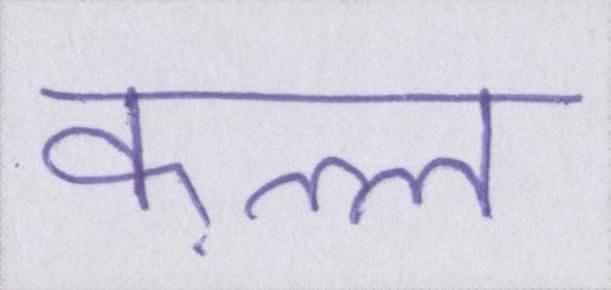
क़त्ल